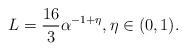
LaTeX: \begin{align*}L = \frac{16}{3} \alpha^{-1 + \eta}, \eta \in (0,1).\end{align*}